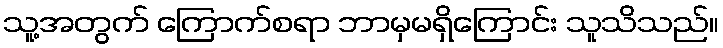
သူ့အတွက် ကြောက်စရာ ဘာမှမရှိကြောင်း သူသိသည်။